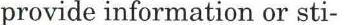
provide information or sti-